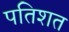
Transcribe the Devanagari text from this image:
पतिशत